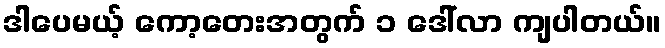
ဒါပေမယ့် ကော့တေးအတွက် ၁ ဒေါ်လာ ကျပါတယ်။